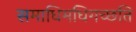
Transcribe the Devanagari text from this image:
समाधिमधिगच्छति